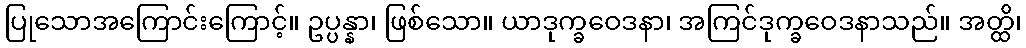
ပြုသောအကြောင်းကြောင့်။ ဥပ္ပန္နာ၊ ဖြစ်သော။ ယာဒုက္ခဝေဒနာ၊ အကြင်ဒုက္ခဝေဒနာသည်။ အတ္ထိ၊